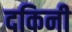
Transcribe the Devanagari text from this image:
दकिनी